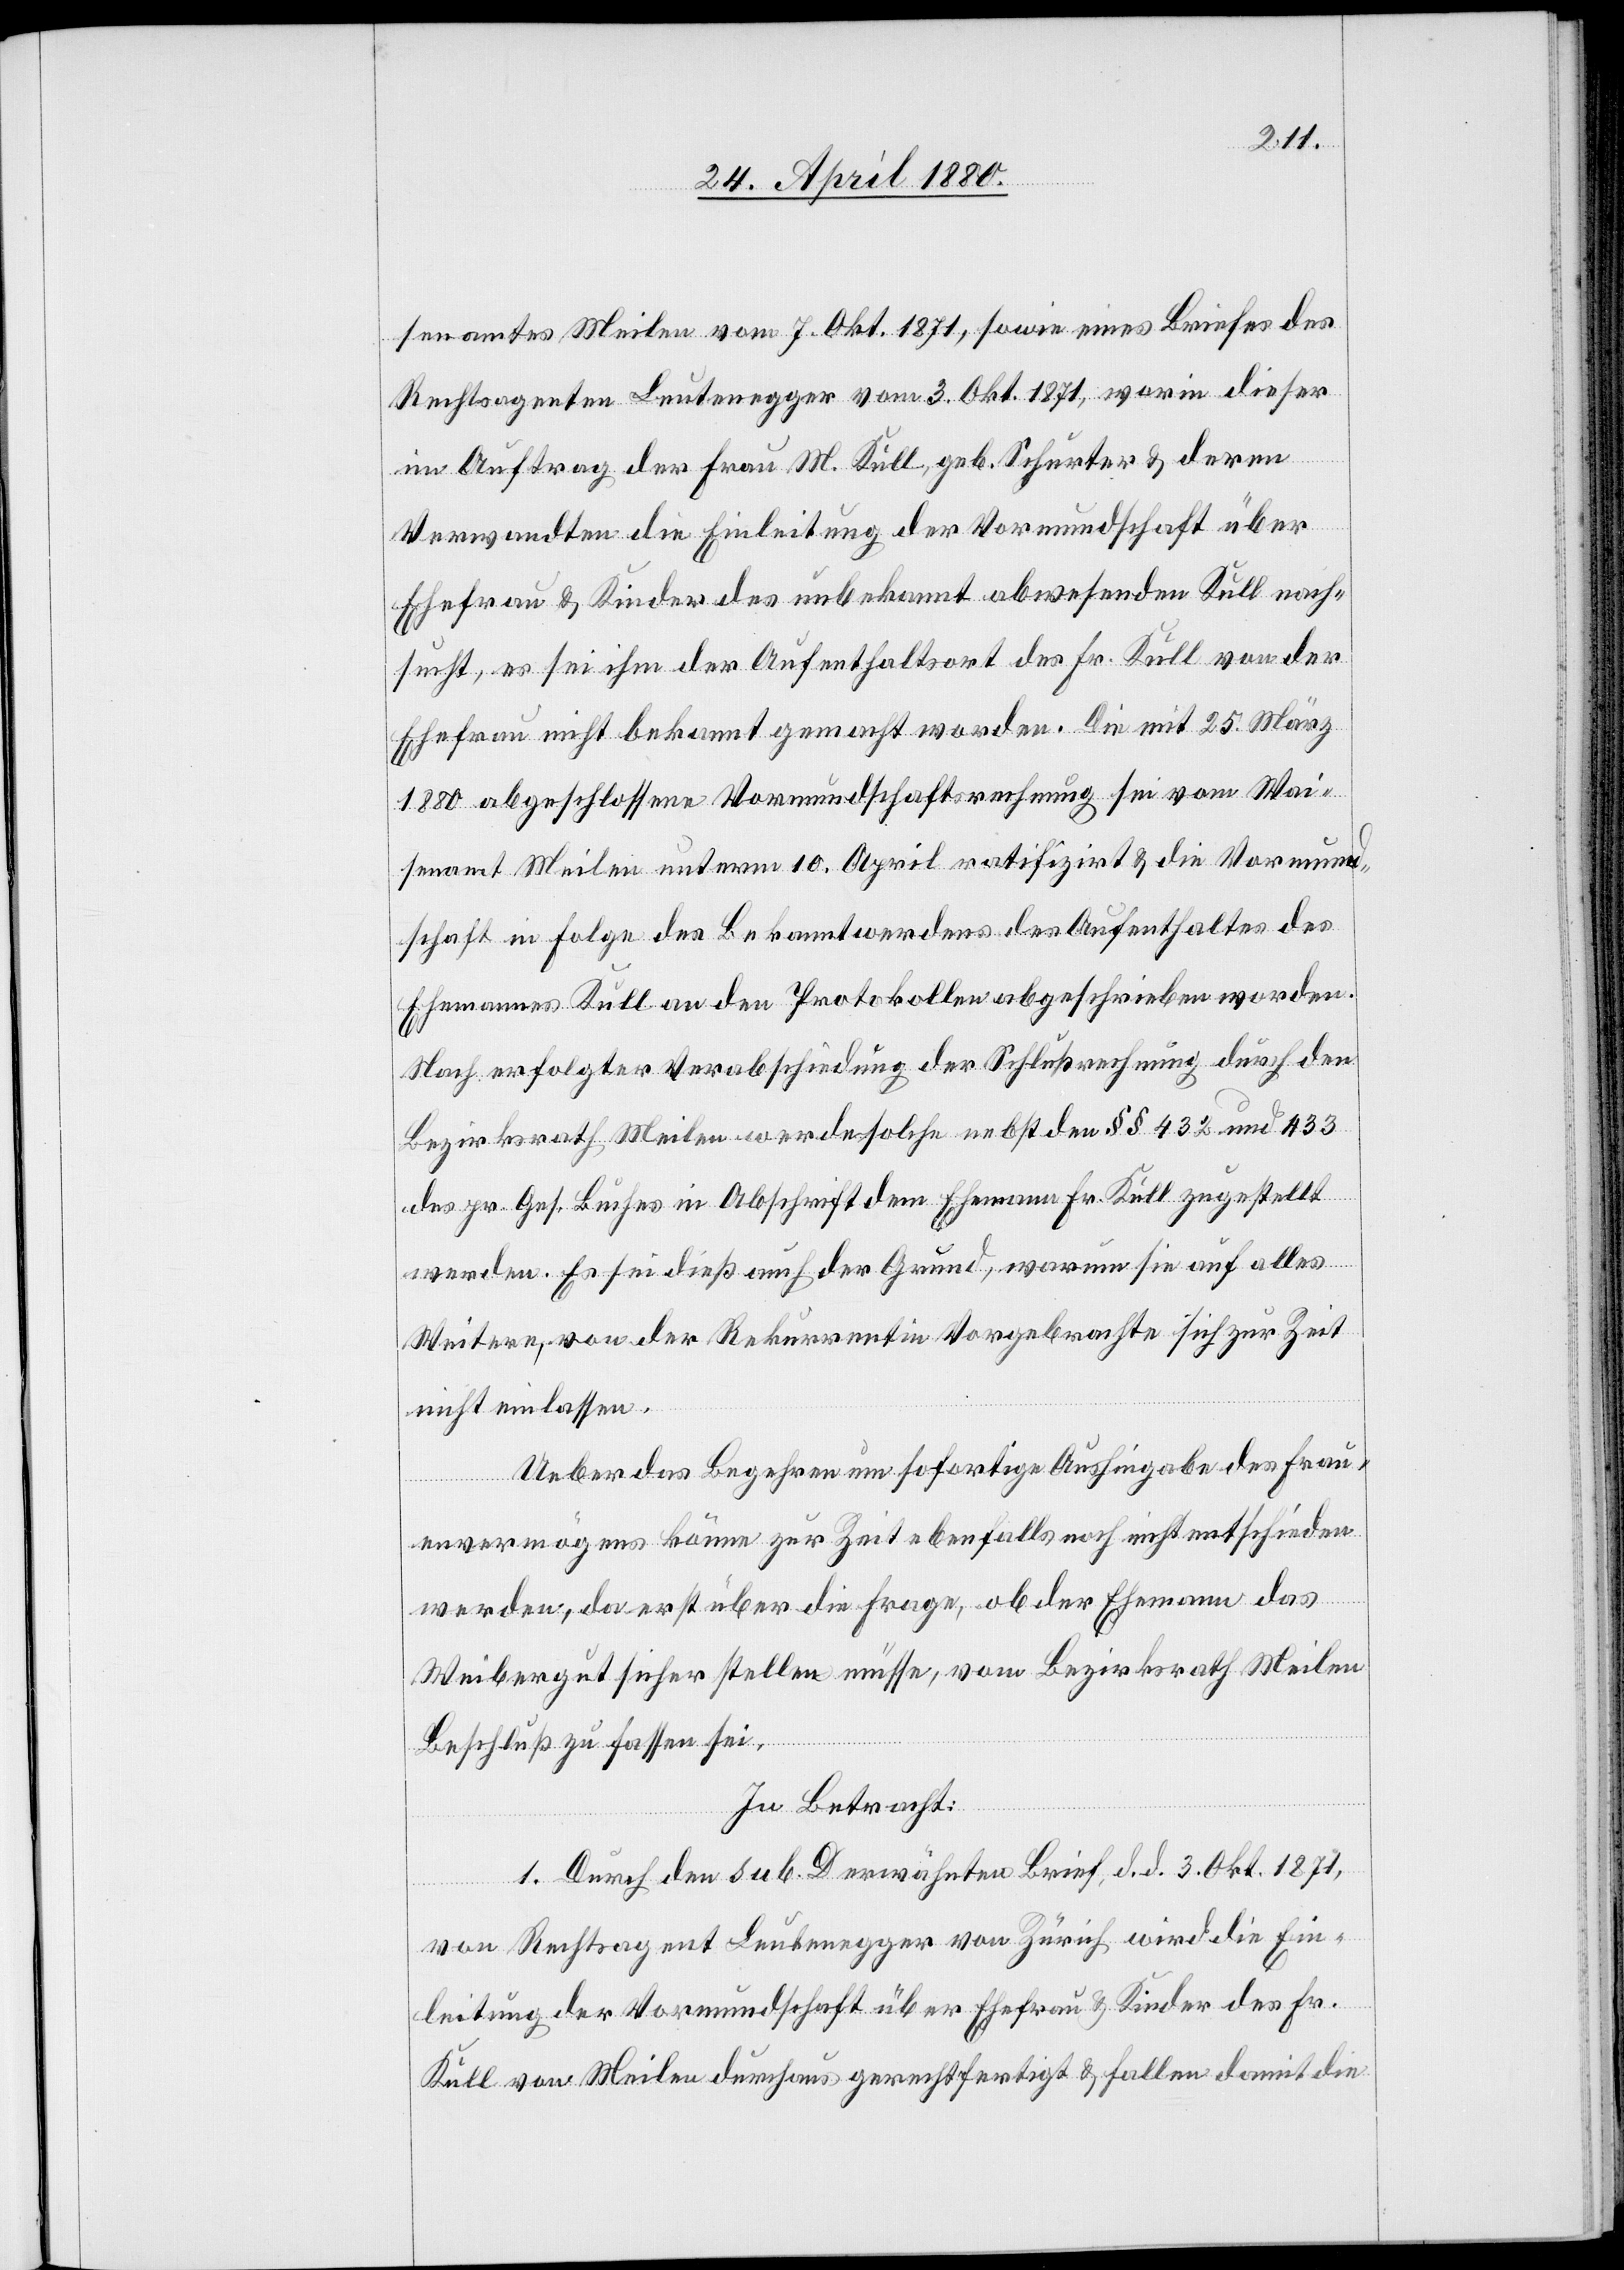
senamtes Meilen vom 7. Okt. 1871, sowie eines Briefes des
Rechtsagenten Leutenegger vom 3. Okt. 1871, worin dieser
im Auftrage der Frau M. Kull, geb. Schurter & deren
Verwandten die Einleitung der Vormundschaft über
Ehefrau & Kinder des unbekannt abwesenden Kull nach¬
sucht, es sei ihm der Aufenthaltsort des Fr. Kull von der
Ehefrau nicht bekannt gemacht worden. Die mit 25. März
1880 abgeschlossene Vormundschaftsrechnung sei vom Wai¬
senamt Meilen unterm 10. April ratifizirt & die Vormund¬
schaft in Folge des Bekanntwerdens des Aufenthaltsortes des
Ehemannes Kull an den Protokollen abgeschrieben worden.
Nach erfolgter Verabschiedung der Schlußrechnung durch den
Bezirksrath Meilen werde solche nebst den §§ 432 und 433
des pr. Ges. Buches in Abschrift dem Ehemann Fr. Kull zugestellt
werden. Es sei dieß auch der Grund, warum sie auf alles
Weitere, von der Rekurrentin Vorgebrachte sich zur Zeit
nicht einlassen.
Ueber das Begehren um sofortige Aushingabe des Frau¬
envermögens könne zur Zeit ebenfalls noch nicht entscheiden
werden, da erst über die Frage, ob der Ehemann das
Weibergut sicherstellen müsse, vom Bezirksrath Meilen
Beschluß zu fassen sei.
In Betracht:
1. Durch den sub. D erwähnten Brief, d. d. 3. Okt. 1871,
von Rechtsagent Leutenegger von Zürich wird die Ein¬
leitung der Vormundschaft über Ehefrau & Kinder des Fr.
Kull von Meilen durchaus gerechtfertigt & fallen damit die